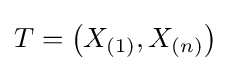
T=\left(X_{(1)},X_{(n)}\right)